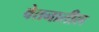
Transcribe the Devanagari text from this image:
वेतनातील